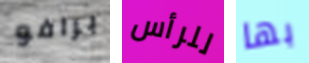
برافو للرأس بها